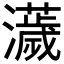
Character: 𤃴